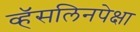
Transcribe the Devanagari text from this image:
व्हॅसलिनपेक्षा